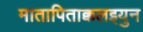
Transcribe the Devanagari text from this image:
मातापिताक्कलइयुन